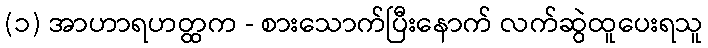
(၁) အာဟာရဟတ္ထက - စားသောက်ပြီးနောက် လက်ဆွဲထူပေးရသူ